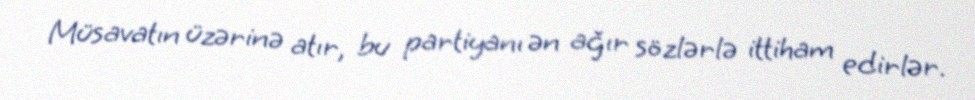
Müsavatın üzərinə atır, bu partiyanı ən ağır sözlərlə ittiham edirlər.